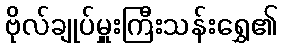
ဗိုလ်ချုပ်မှူးကြီးသန်းရွှေ၏